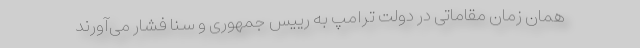
همان زمان مقاماتی در دولت ترامپ به رییس جمهوری و سنا فشار می‌آورند